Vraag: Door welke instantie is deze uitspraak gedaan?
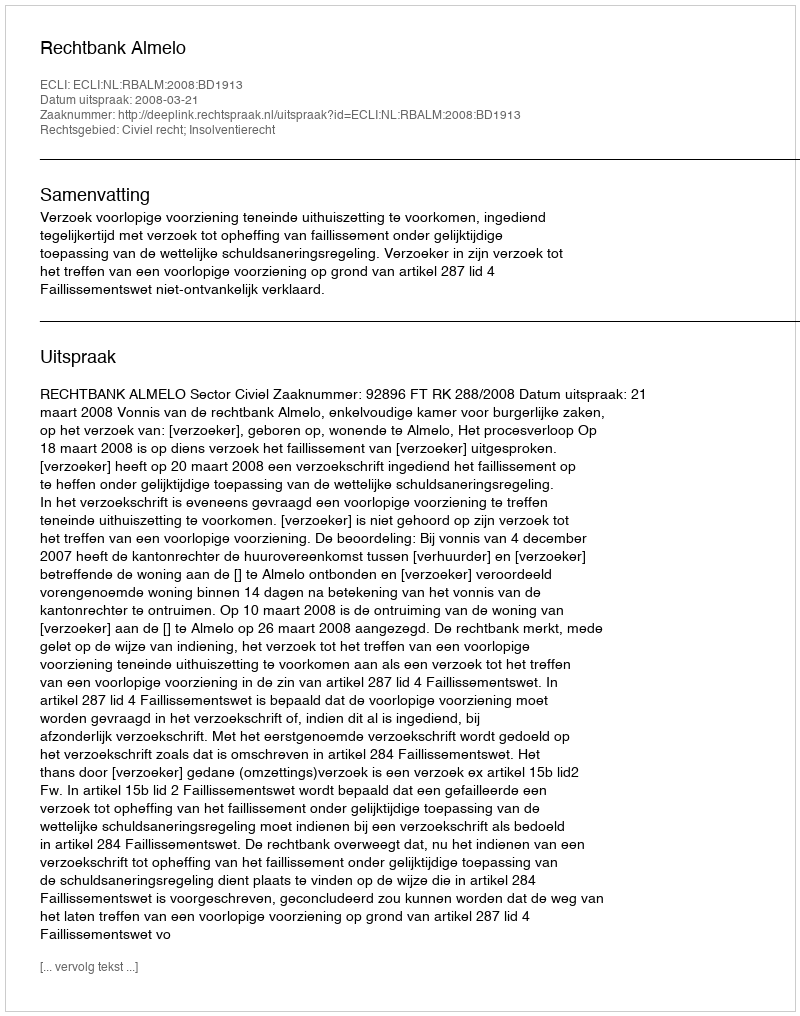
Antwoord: Rechtbank Almelo